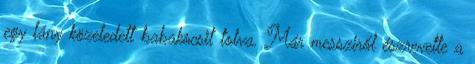
egy lány közeledett babakocsit tolva. Már messziről észrevette a